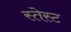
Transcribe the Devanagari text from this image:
स्तेस्ट